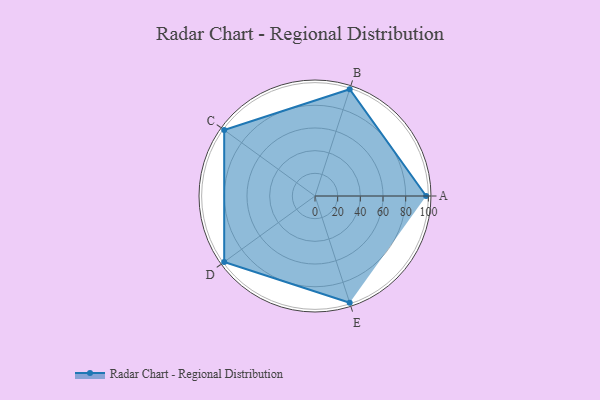
{"axis": {"x": "Skill", "y": "Score"}, "legend": ["Profile"], "data": [{"x": "A", "y": 98.0, "type": "Profile"}, {"x": "B", "y": 99, "type": "Profile"}, {"x": "C", "y": 99, "type": "Profile"}, {"x": "D", "y": 99, "type": "Profile"}, {"x": "E", "y": 99, "type": "Profile"}]}